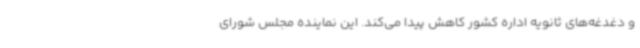
و دغدغه‌های ثانویه اداره کشور کاهش پیدا می‌کند. این نماینده مجلس شورای